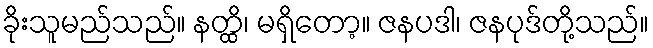
ခိုးသူမည်သည်။ နတ္ထိ၊ မရှိတော့။ ဇနပဒါ၊ ဇနပုဒ်တို့သည်။